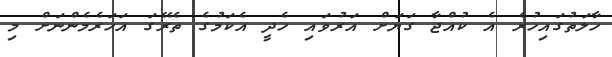
ހާލަތުގައިހުރެ އެ ކުއްޖާ ގަޔަށް އަރުވައި ހެދީ އެކަމުގެ ތެރޭގަ އަހަރެމެންނަށް މި